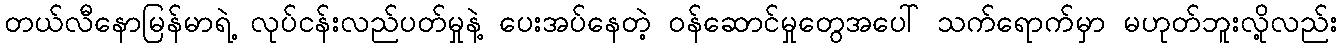
တယ်လီနောမြန်မာရဲ့ လုပ်ငန်းလည်ပတ်မှုနဲ့ ပေးအပ်နေတဲ့ ဝန်ဆောင်မှုတွေအပေါ် သက်ရောက်မှာ မဟုတ်ဘူးလို့လည်း